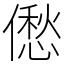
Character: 僽